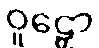
ဝူဠှော